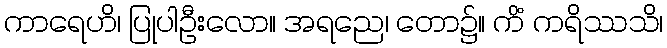
ကာရေဟိ၊ ပြုပါဦးလော။ အရညေ၊ တော၌။ ကိံ ကရိဿသိ၊